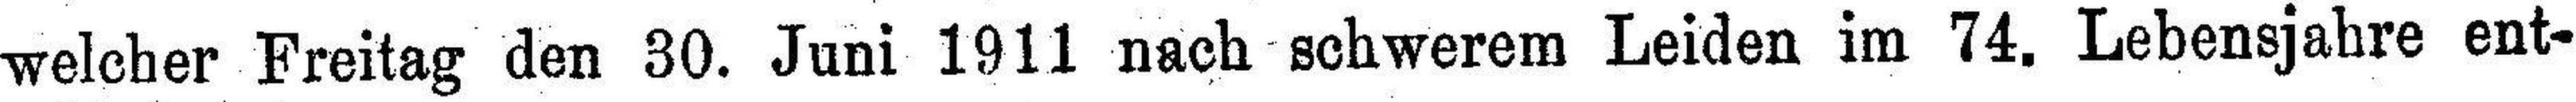
welcher Freitag den 30. Juni 1911 nach schwerem Leiden im 74. Lebensjahre ent¬